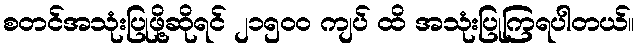
စတင်အသုံးပြုဖို့ဆိုရင် ၂၁၅၀၀ ကျပ် ထိ အသုံးပြုကြရပါတယ်။